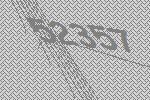
52357